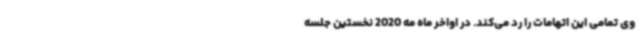
وی تمامی این اتهامات را رد می‌کند. در اواخر ماه مه 2020 نخستین جلسه